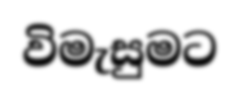
විමැසුමට